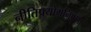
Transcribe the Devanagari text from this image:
नीतिप्रयोगनिपुणा